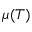
\mu ( T )